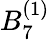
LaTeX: {B}_{7}^{(1)}